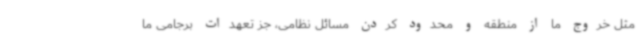
مثل خروج ما از منطقه و محدود کردن مسائل نظامی، جز تعهدات برجامی ما